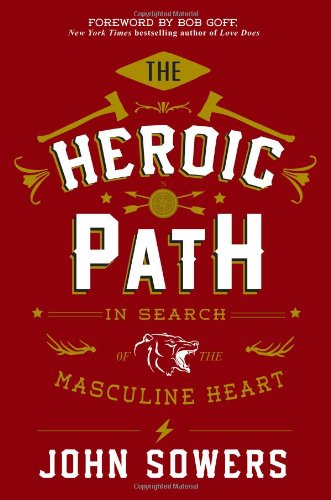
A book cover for The Heroic Path: In Search of the Masculine Heart; John Sowers; Christian Books & Bibles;